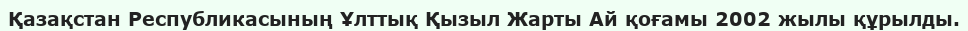
Қазақстан Республикасының Ұлттық Қызыл Жарты Ай қоғамы 2002 жылы құрылды.